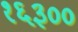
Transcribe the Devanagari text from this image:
१६३००